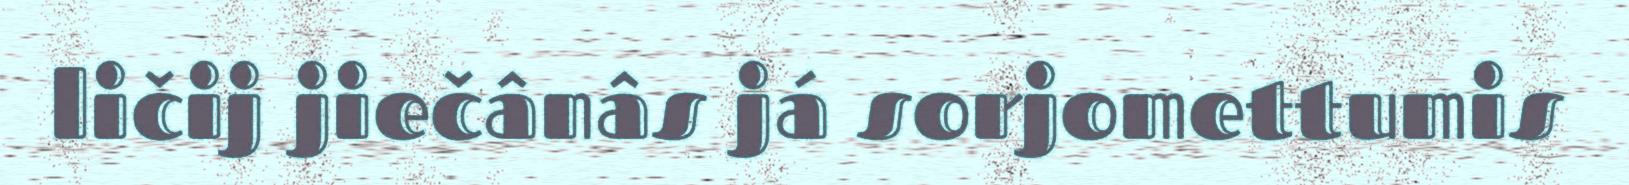
ličij jiečânâs já sorjomettumis